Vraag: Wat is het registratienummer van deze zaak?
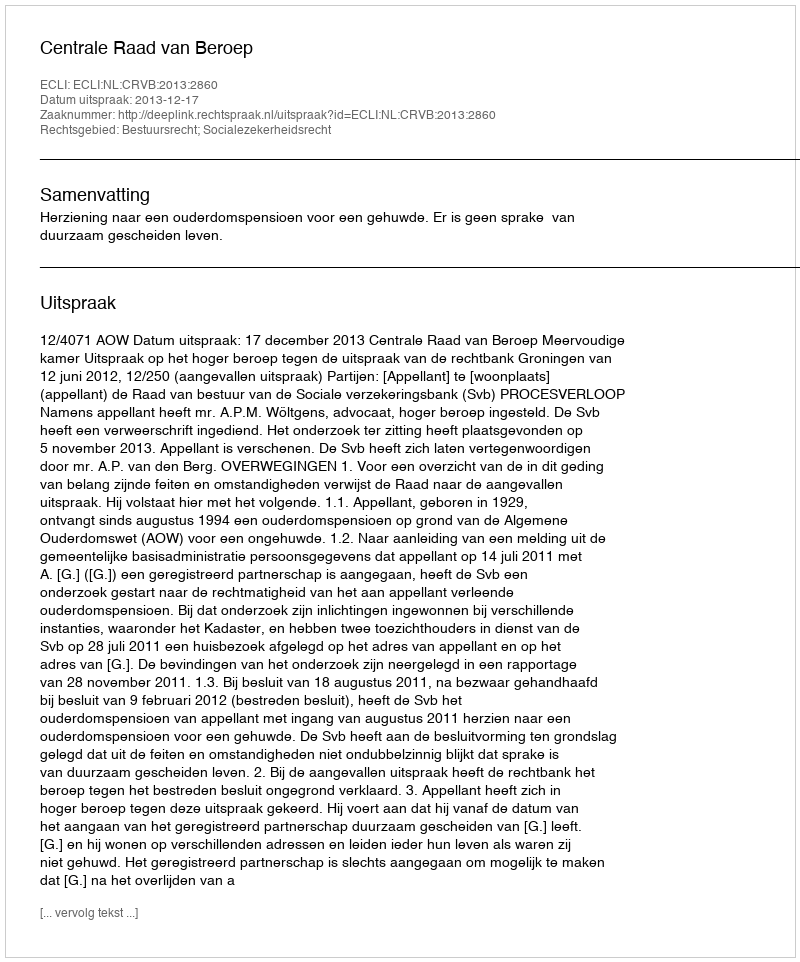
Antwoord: http://deeplink.rechtspraak.nl/uitspraak?id=ECLI:NL:CRVB:2013:2860